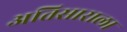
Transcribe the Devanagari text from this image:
अतिसाराला